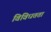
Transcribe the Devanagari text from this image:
विविधतता